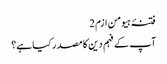
فتنۂ ہیومن ازم 2
آپ کے فہم دین کا مصدر کیا ہے؟